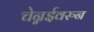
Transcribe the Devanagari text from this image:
चेन्नईवरुन